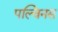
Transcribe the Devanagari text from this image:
पल्विनस